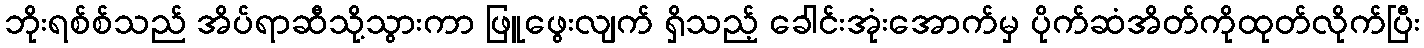
ဘိုးရစ်စ်သည် အိပ်ရာဆီသို့သွားကာ ဖြူဖွေးလျက် ရှိသည့် ခေါင်းအုံးအောက်မှ ပိုက်ဆံအိတ်ကိုထုတ်လိုက်ပြီး